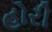
હોરી